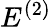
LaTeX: E^{(2)}